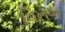
વિનગ